Lunatic asylums in Bengal annual reports 1912-1924 - 1912-1924
Year: 1912
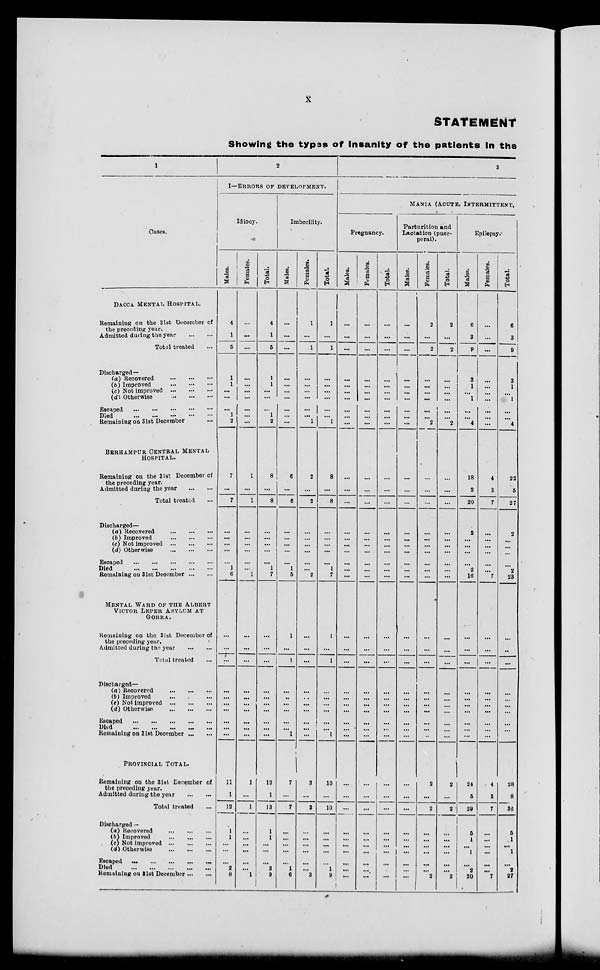
x
STATEMENT
Showing the types of insanity of the patients in the
1
Cases.
DACCA MENTAL HOSPITAL.
Remaining on the 31 st December of
the preceding year.
Admitted during the year
...
...
Total treated ...
Discharged —
(a) Recovered
...
...
...
(b) Improved
...
...
...
(c) Not improved
...
...
...
(d) Otherwise
...
...
...
Escaped
...
...
...
...
...
Died
...
...
...
...
...
Remaining on 31st December ...
BERHAMPOR CENTRAL MENTAL
HOSPITAL.
Remaining on the 31st December of
the preceding year.
Admitted during the year
...
...
Total treated ...
Discharged—
(a) Recovered
...
...
...
(b) Improved
...
...
...
(c) Not improved
...
...
...
(d) Otherwise
...
...
...
Escaped
...
...
...
...
...
Died
...
...
...
...
...
Remaining on 31st December ... ...
MENTAL WARD OF THE ALBERT
VICTOR LEPER ASYLUM AT
GOBRA.
Remaining on the 31st December of
the preceding year.
Admitted during the year
...
...
Total treated ...
Discharged—
(a) Recovered
...
...
...
(b) Improved ... ... ...
(c) Not Improved
...
...
...
(d) Otherwise
...
...
...
Escaped
...
...
...
...
Died
...
...
...
...
Remaining on 31st December ... ...
PROVINCIAL TOTAL.
Remaining on the 31st December of
the preceding year.
Admitted during the year
...
...
Total treated ...
Discharged —
(a) Recovered
...
...
...
(b) Improved
...
...
...
(c) Not improved
...
...
...
(d) Otherwise
...
...
...
Escaped
...
...
...
...
...
Died
...
...
...
...
...
Remaining on the 31st December ...
2
I—ERRORS OF DEVELOPMENT.
Idiocy.
Males.
4
1
5
1
1
...
...
...
1
2
7
...
7
...
...
...
...
...
1
6
...
...
...
...
...
...
...
...
...
...
11
1
12
1
1
...
...
...
2
8
Females.
...
...
...
...
...
...
...
...
...
...
1
...
1
...
...
...
...
...
...
1
...
...
...
...
...
...
...
...
...
...
1
...
1
...
...
...
...
...
...
1
Total.
4
1
5
1
1
...
...
...
1
2
8
...
8
...
...
...
...
...
1
7
...
...
...
...
...
...
...
...
...
12
1
13
1
1
...
...
...
2
9
Imbecility.
Males.
...
...
...
...
...
...
...
...
...
...
6
...
6
...
...
...
...
...
1
5
1
...
1
...
...
...
...
...
...
1
7
...
7
...
...
...
...
...
1
6
Females.
1
...
1
...
...
...
...
...
... 1
2
...
2
...
...
...
...
...
...
2
...
...
...
...
...
...
...
...
...
...
3
...
3
...
...
...
...
...
...
3
Total.
1
...
1
...
...
...
...
...
... 1
8
...
8
...
...
...
...
...
1
7
1
...
1
...
...
...
...
...
...
1
10
...
10
...
...
...
...
...
1
9
3
MANIA (ACUTE, INTERMITTENT,
Pregnancy.
Males.
...
...
...
...
...
...
...
...
...
...
...
...
...
...
...
...
...
...
...
...
...
...
...
...
...
...
...
...
...
...
...
...
...
...
...
...
...
...
...
...
Females.
...
...
...
...
...
...
...
...
...
...
...
...
...
...
...
...
...
...
...
...
...
...
...
...
...
...
...
...
...
...
...
...
...
...
...
...
...
...
...
...
Total.
...
...
...
...
...
...
...
...
...
...
...
...
...
...
...
...
...
...
...
...
...
...
...
...
...
...
...
...
...
...
...
...
...
...
...
...
...
...
...
Parturition and
Lactation (puer-
peral).
Males.
...
...
...
...
...
...
...
...
...
...
...
...
...
...
...
...
...
...
...
...
...
...
...
...
...
...
...
...
...
...
...
...
...
...
...
...
...
...
...
Females.
2
...
2
...
...
...
...
...
...
2
...
...
...
...
...
...
...
...
...
...
...
...
...
...
...
...
...
...
...
...
2
...
2
...
...
...
...
...
...
2
Total.
2
...
2
...
...
...
...
...
...
2
...
...
...
...
...
...
...
...
...
...
...
...
...
...
...
...
...
...
...
...
2
...
2
...
...
...
...
...
...
2
Epilepsy.
Males.
6
3
9
3
1
...
1
...
... 4
18
2
20
2
...
...
...
...
2
16
...
...
...
...
...
...
...
...
...
...
24
5
29
5
1
...
1
...
2
20
Females.
...
...
...
...
...
...
...
...
...
...
4
3
7
...
...
...
...
...
...
7
...
...
...
...
...
...
...
...
...
...
4
3
7
...
...
...
...
...
...
7
Total.
6
3
9
3
1
...
1
...
...
4
22
5
27
2
...
...
...
...
2
23
...
...
...
...
...
...
...
...
...
28
8
36
5
1
...
1
...
2
27